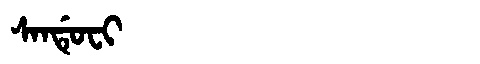
Manchu: ᠰᠠᠨᡩᡠᠸᡳ
Romanization: SANDUFI